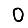
Digit: 0